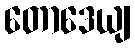
တောဒေယျ